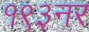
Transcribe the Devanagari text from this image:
१९३नर